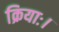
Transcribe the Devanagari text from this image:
क्रियाः।